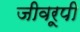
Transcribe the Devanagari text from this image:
जीवरूपी